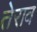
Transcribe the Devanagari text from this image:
तेराव